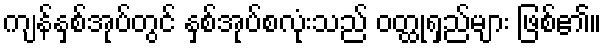
ကျန်နှစ်အုပ်တွင် နှစ်အုပ်စလုံးသည် ဝတ္ထုရှည်များ ဖြစ်၏။